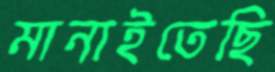
মানাইতেছি